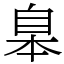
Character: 𦤎